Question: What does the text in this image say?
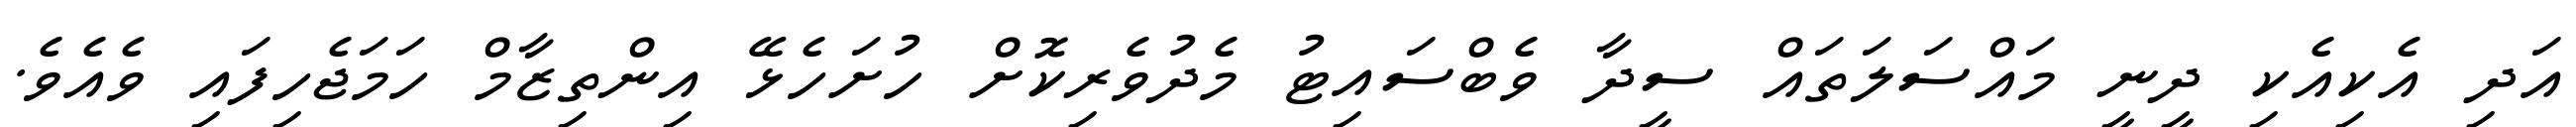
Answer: އަދި އެކިއެކި ދީނީ މައްސަލަތައް ސީދާ ވެބްސައިޓު މެދުވެރިކޮށް ހުށަހެޅޭ އިންތިޒާމް ހަމަޖެހިފައި ވެއެވެ.